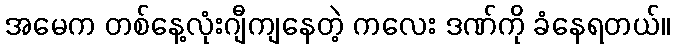
အမေက တစ်နေ့လုံးဂျီကျနေတဲ့ ကလေး ဒဏ်ကို ခံနေရတယ်။